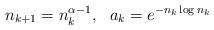
LaTeX: \begin{align*}n_{k+1}=n_k^{\alpha-1}, \ \ a_k=e^{-n_k\log n_k}\end{align*}